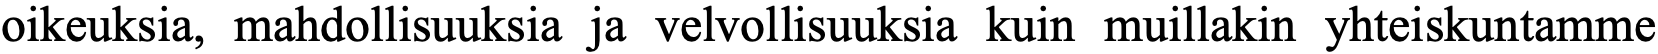
oikeuksia, mahdollisuuksia ja velvollisuuksia kuin muillakin yhteiskuntamme